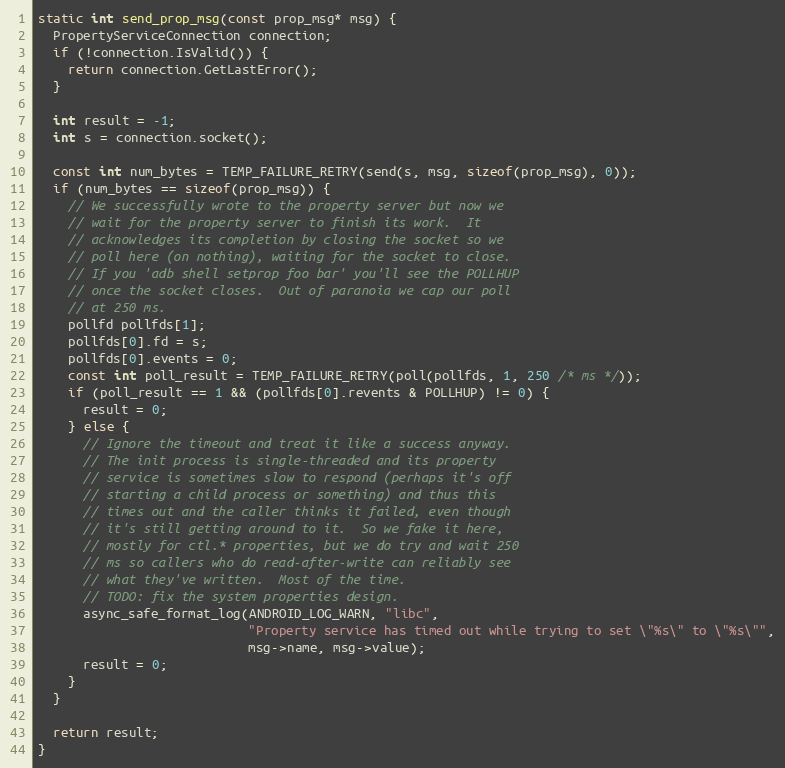
Language: C++
static int send_prop_msg(const prop_msg* msg) {
  PropertyServiceConnection connection;
  if (!connection.IsValid()) {
    return connection.GetLastError();
  }

  int result = -1;
  int s = connection.socket();

  const int num_bytes = TEMP_FAILURE_RETRY(send(s, msg, sizeof(prop_msg), 0));
  if (num_bytes == sizeof(prop_msg)) {
    // We successfully wrote to the property server but now we
    // wait for the property server to finish its work.  It
    // acknowledges its completion by closing the socket so we
    // poll here (on nothing), waiting for the socket to close.
    // If you 'adb shell setprop foo bar' you'll see the POLLHUP
    // once the socket closes.  Out of paranoia we cap our poll
    // at 250 ms.
    pollfd pollfds[1];
    pollfds[0].fd = s;
    pollfds[0].events = 0;
    const int poll_result = TEMP_FAILURE_RETRY(poll(pollfds, 1, 250 /* ms */));
    if (poll_result == 1 && (pollfds[0].revents & POLLHUP) != 0) {
      result = 0;
    } else {
      // Ignore the timeout and treat it like a success anyway.
      // The init process is single-threaded and its property
      // service is sometimes slow to respond (perhaps it's off
      // starting a child process or something) and thus this
      // times out and the caller thinks it failed, even though
      // it's still getting around to it.  So we fake it here,
      // mostly for ctl.* properties, but we do try and wait 250
      // ms so callers who do read-after-write can reliably see
      // what they've written.  Most of the time.
      // TODO: fix the system properties design.
      async_safe_format_log(ANDROID_LOG_WARN, "libc",
                            "Property service has timed out while trying to set \"%s\" to \"%s\"",
                            msg->name, msg->value);
      result = 0;
    }
  }

  return result;
}